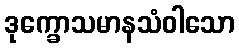
ဒုက္ခောသမာနသံဝါသော